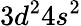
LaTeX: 3d^{2}4s^{2}